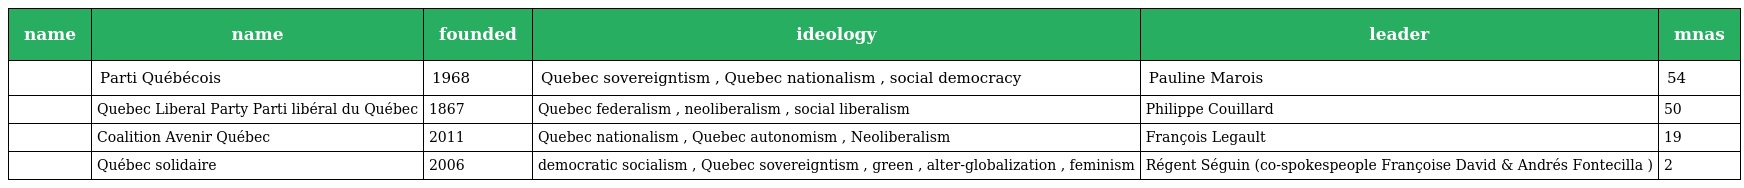
| name | name | founded | ideology | leader | mnas |
 | --- | --- | --- | --- | --- | --- |
 |  | Parti Québécois | 1968 | Quebec sovereigntism , Quebec nationalism , social democracy | Pauline Marois | 54 |
 |  | Quebec Liberal Party Parti libéral du Québec | 1867 | Quebec federalism , neoliberalism , social liberalism | Philippe Couillard | 50 |
 |  | Coalition Avenir Québec | 2011 | Quebec nationalism , Quebec autonomism , Neoliberalism | François Legault | 19 |
 |  | Québec solidaire | 2006 | democratic socialism , Quebec sovereigntism , green , alter-globalization , feminism | Régent Séguin (co-spokespeople Françoise David & Andrés Fontecilla ) | 2 |